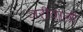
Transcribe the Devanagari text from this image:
जरीवाली